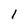
Character: 1